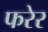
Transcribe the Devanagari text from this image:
फरेर